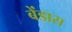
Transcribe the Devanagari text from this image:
बेंडास